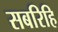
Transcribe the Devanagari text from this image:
सबरिहि